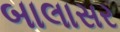
બાલાસર